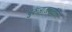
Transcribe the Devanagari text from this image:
बुरुंजाजवळील